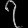
Digit: ၇